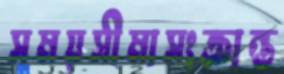
সময়সীমাসংক্রান্ত